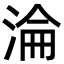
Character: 淪